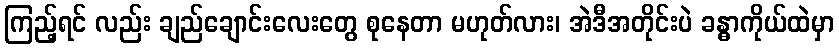
ကြည့်ရင် လည်း ချည်ချောင်းလေးတွေ စုနေတာ မဟုတ်လား၊ အဲဒီအတိုင်းပဲ ခန္ဓာကိုယ်ထဲမှာ